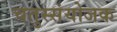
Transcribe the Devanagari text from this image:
चतुस्संयोजक